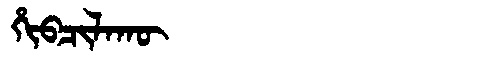
Manchu: ᡥᡳᠪᠴᡳᠯᠠᡴᡡ
Romanization: HIBCILAKŪ